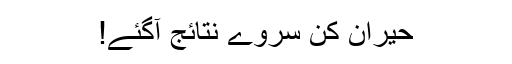
حیران کن سروے نتائج آگئے!